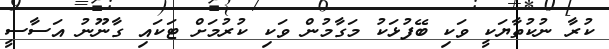
ކުރާ ނުކުތާޔަކީ ވަކި ބޭފުޅަކު މަގާމުން ވަކި ކުރުމަށް ޓަކައި ގާނޫނު އަސާސީ